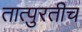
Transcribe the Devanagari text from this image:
तात्पुरतीच